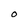
Character: O